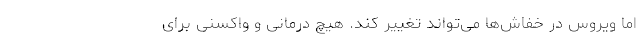
اما ویروس در خفاش‌ها می‌تواند تغییر کند. هیچ درمانی و واکسنی برای